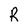
Character: R